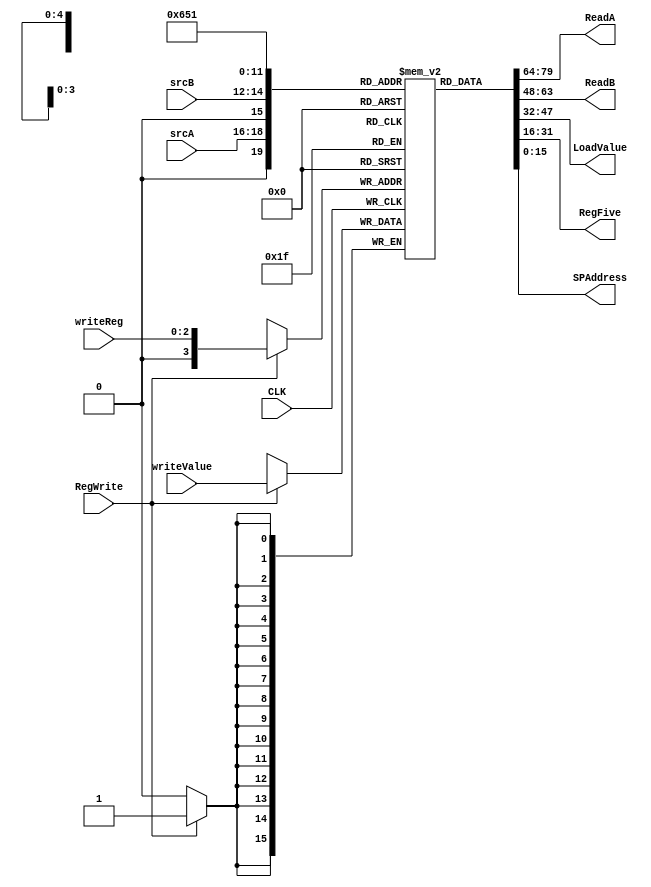
`timescale 1ns / 1ps
//////////////////////////////////////////////////////////////////////////////////
// Company: 
// Engineer: 
// 
// Design Name: 
// Module Name:    reg_file 
// Project Name: 
// Target Devices: 
// Tool versions: 
// Description: 
//
// Dependencies: 
//
// Revision: 
// Revision 0.01 - File Created
// Additional Comments: 
//
//////////////////////////////////////////////////////////////////////////////////
module reg_file(
	 input wire CLK,
    input wire [2:0] srcA,
    input wire [2:0] srcB,
    input wire [2:0] writeReg,
    input wire [15:0] writeValue,
	
	input wire RegWrite,
	 
	 output [15:0] ReadA,
    output [15:0] ReadB,
	 output [15:0] LoadValue,
	 output [15:0] RegFive,
	 output [15:0] SPAddress
    );
	 
reg [15:0] registers[15:0];

integer i;
initial begin
	for (i=0; i<16; i = i+1)
			registers[i] = 0;
			
	registers[1] = -1;
	registers[6] = 9;
end


assign ReadA = registers[srcA];
assign ReadB = registers[srcB];
assign LoadValue = registers[6];
assign RegFive = registers[5];
assign SPAddress = registers[1];

always @ (posedge CLK)
//always @ (RegWrite, srcA, srcB, writeReg, writeValue)
begin
if (RegWrite)
  begin
    registers[writeReg] = writeValue;
	 $display("Register write: RegNum " ,writeReg, " = ", writeValue);
	end

end
endmodule